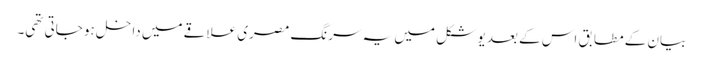
بیان کے مطابق اس کے بعد یو شکل میں یہ سرنگ مصری علاقے میں داخل ہو جاتی تھی۔